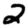
Digit: 2